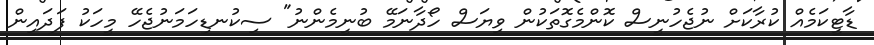
ޑާޓީކަމެއް ކުރާކަށް ނުޖެހުނީސް ކޮންމެގޮތަކުން ވިޔަސް ހޯދާނަމޭ ބުނީމެންނު" ސިކުނޑިހަމަނުޖެހޭ މީހަކު ފަދައިން